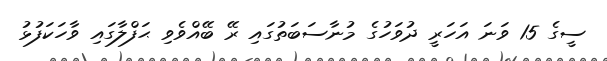
ސީގެ 15 ވަނަ އަހަރީ ދުވަހުގެ މުނާސަބަތުގައި ރޭ ބޭއްވެވި ޙަފްލާގައި ވާހަކަފުޅު